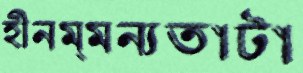
হীনম্মন্যতাটা